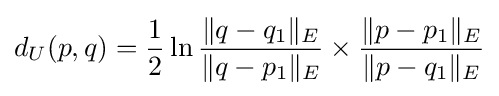
d_{U}(p,q)={\frac {1}{2}}\ln {\frac {\|q-q_{1}\|_{E}}{\|q-p_{1}\|_{E}}}\times {\frac {\|p-p_{1}\|_{E}}{\|p-q_{1}\|_{E}}}